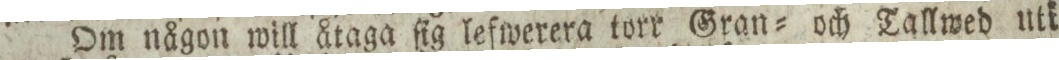
Om någon will åtaga ſig lefwerera torr Gran= och Tallwed utt